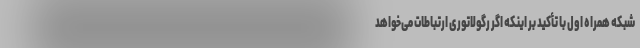
شبکه همراه اول با تأکید بر اینکه اگر رگولاتوری ارتباطات می‌خواهد